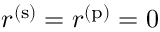
r ^ { ( \mathrm { s } ) } = r ^ { ( \mathrm { p } ) } = 0